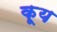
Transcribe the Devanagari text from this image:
कूय